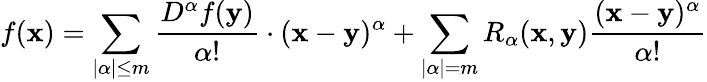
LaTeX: f({\mathbf{x}})=\sum_{|\alpha|\leq m}{\frac{D^{\alpha}f({\mathbf{y}})}{\alpha!}}\cdot({\mathbf{x}}-{\mathbf{y}})^{\alpha}+\sum_{|\alpha|=m}R_{\alpha}({\mathbf{x}},{\mathbf{y}}){\frac{({\mathbf{x}}-{\mathbf{y}})^{\alpha}}{\alpha!}}